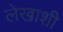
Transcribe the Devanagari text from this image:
लेखाशी